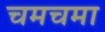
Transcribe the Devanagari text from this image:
चमचमा